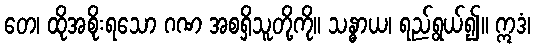
တေ၊ ထိုအစိုးရသော ဂဏ အစရှိသူတို့ကို။ သန္ဓာယ၊ ရည်ရွယ်၍။ ဣဒံ၊